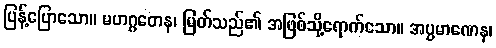
ပြန့်ပြောသော။ မဟဂ္ဂတေန၊ မြတ်သည်၏ အဖြစ်သို့ရောက်သော။ အပ္ပမာဏေန၊